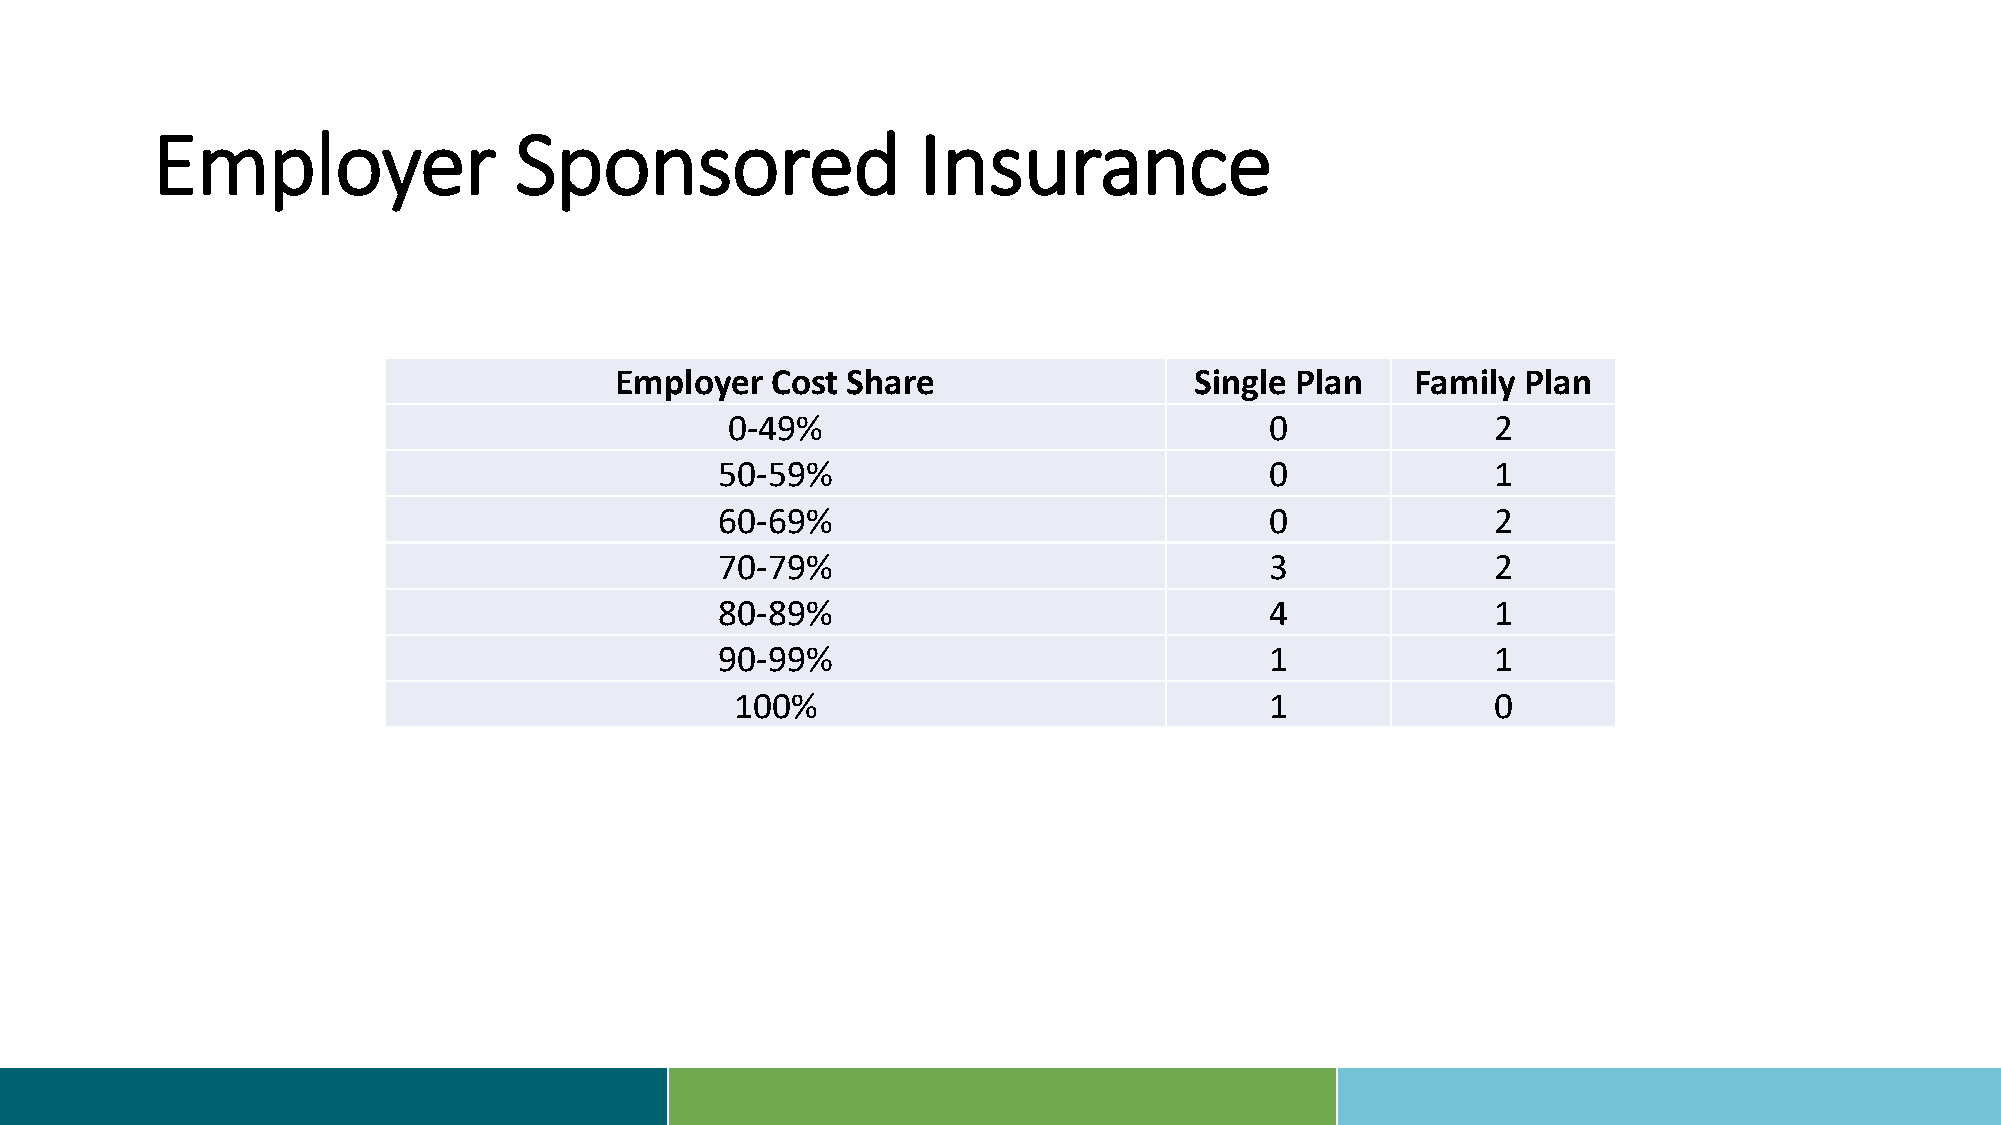
Employer                Sponsored                  Insurance
 Employer  Cost Share                  Single Plan    Family Plan
 0-49%                               0              2
 50-59%                              0              1
 60-69%                              0              2
 70-79%                              3              2
 80-89%                              4              1
 90-99%                              1              1
 100%                               1              0